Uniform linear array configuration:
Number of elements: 4
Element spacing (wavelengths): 0.25
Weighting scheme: cosine
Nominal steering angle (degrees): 0
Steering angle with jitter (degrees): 0.323
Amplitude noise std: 0.05
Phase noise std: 0.05

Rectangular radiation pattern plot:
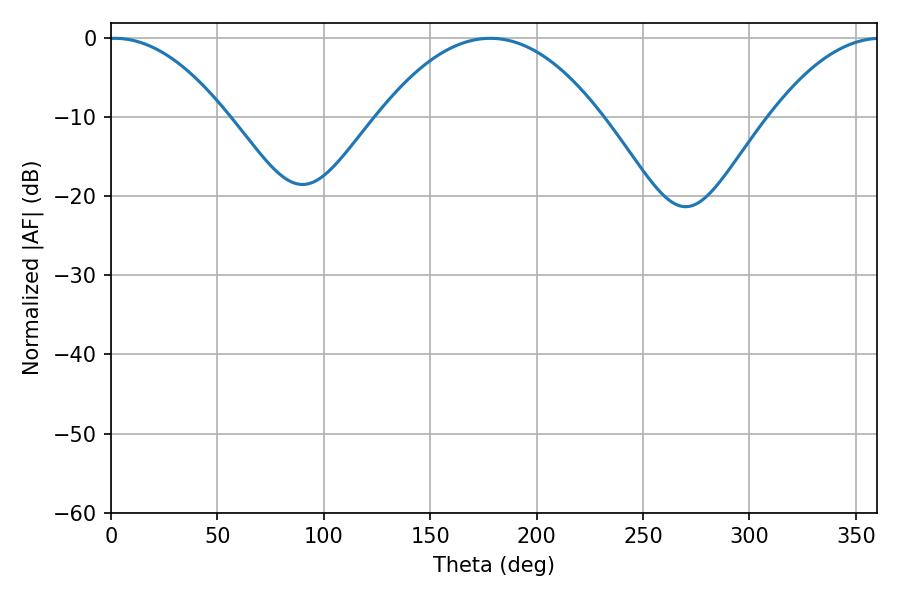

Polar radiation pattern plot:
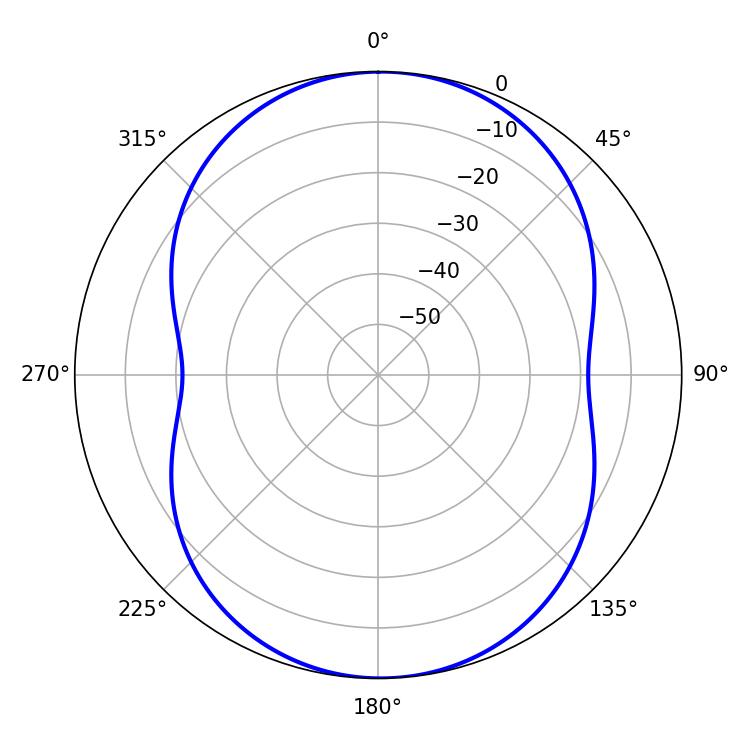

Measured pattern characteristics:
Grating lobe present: FALSE
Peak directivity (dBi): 14.383
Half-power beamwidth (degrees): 30.96
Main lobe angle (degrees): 1.8